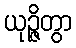
ယုဉ္ဇိတွာ